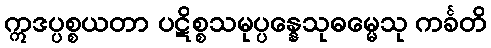
ဣဒပ္ပစ္စယတာ ပဋိစ္စသမုပ္ပန္နေသုဓမ္မေသု ကင်္ခတိ